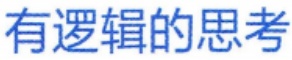
有逻辑的思考